Leaving Certificate Examination, 1913
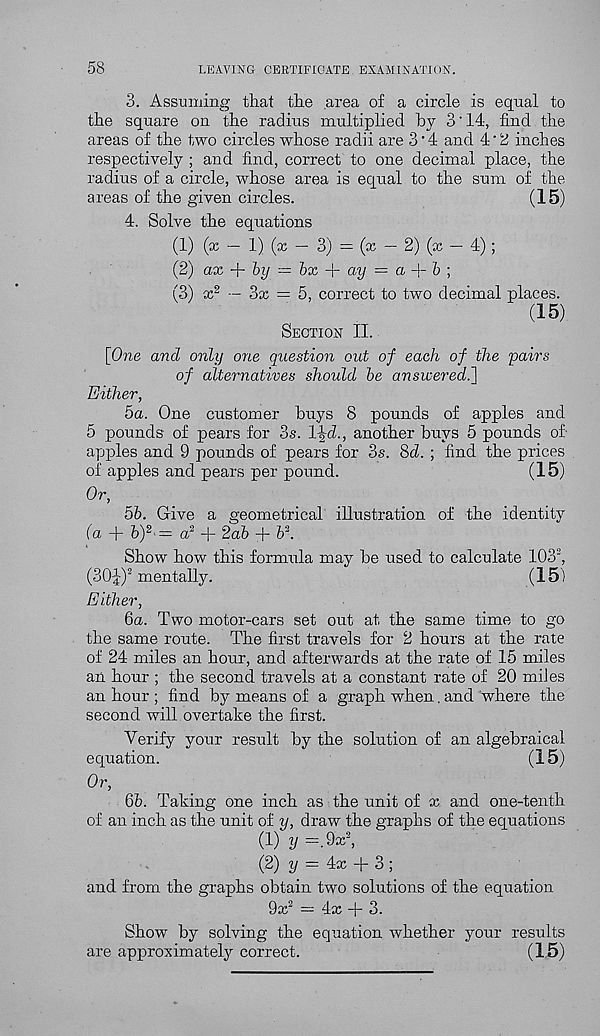
58
LEAVING CERTIFICATE EXAMINATION.
3. Assuming that the area of a circle is equal to
the square on the radius multiplied hy 3'14, find the
areas of the two circles whose radii are 3‘4 and 4’2 inches
respectively ; and find, correct to one decimal place, the
radius of a circle, whose area is equal to the sum of the
areas of the given circles.
(15)
4. Solve the equations
(1) (x — 1) (x — 3) = (x — 2) (x — 4);
(2) ax
by = bx
ay = a -\-b \
(3) x 2 — 3x = 5, correct to two decimal places.
(15)
Section II.
[One and only one question out of each of the 'pairs
of alternatives should be answered.]
Either,
5a. One customer buys 8 pounds of apples and
5 pounds of pears for 3s. l\d., another buys 5 pounds of
apples and 9 pounds of pears for 3s. 8b. ; find the prices
of apples and pears per pound.
(15)
Or,
5b. Give a geometrical illustration of the identity
(a + fe) 2 >= a 2 + 2ab + V.
Show how this formula may be used to calculate 103 2 ,
(30J) 2 mentally.
(15)
Either,
6a. Two motor-cars set out at. the same time to go
the same route. The first travels for 2 hours at the rate
of 24 miles an hour, and afterwards at the rate of 15 miles
an hour ; the second travels at a constant rate of 20 miles
an hour ; find by means of a graph when. and where the
second will overtake the first.
Verify your result by the solution of an algebraical
equation.
(15)
Or,
6b. Taking one inch as the unit of x and one-tenth
of an inch as the unit of y, draw the graphs of the equations
(1) y = 9x 2 ,
(2) i/ = 4x + 3 ;
and from the graphs obtain two solutions of the equation
9x 2 — 4x + 3.
Show by solving the equation whether your results
are approximately correct.
(15)